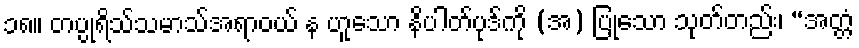
၁၈။ တပ္ပုရိသ်သမာသ်အရာဝယ် န ဟူသော နိပါတ်ပုဒ်ကို (အ) ပြုသော သုတ်တည်း၊ “အတ္တံ